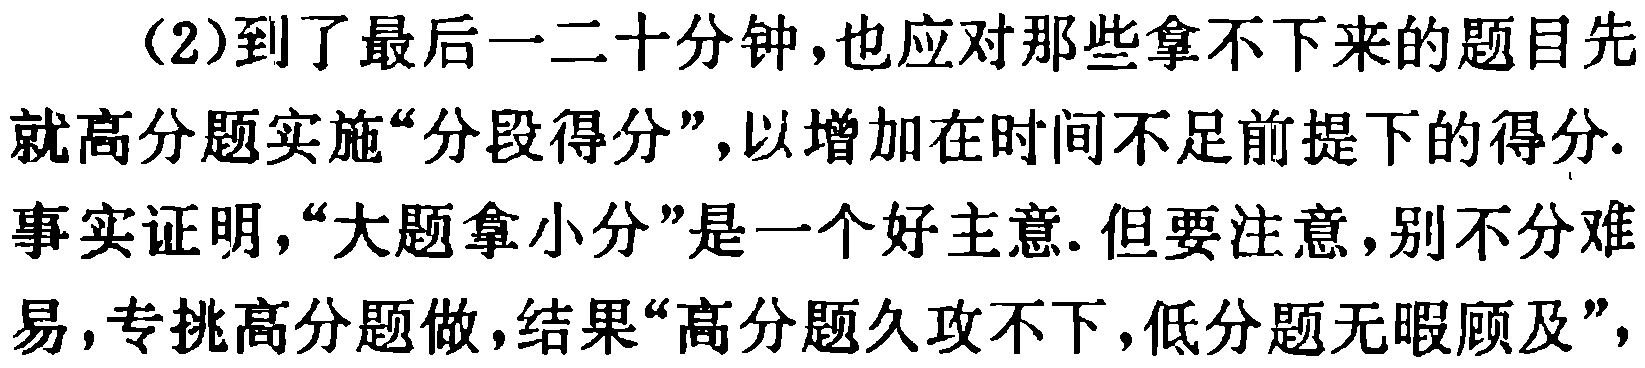
（2）到了最后一二十分钟，也应对那些拿不下来的题目先就高分题实施“分段得分”，以增加在时间不足前提下的得分. 事实证明，“大题拿小分”是一个好主意. 但要注意，别不分难易，专挑高分题做，结果“高分题久攻不下，低分题无暇顾及”，